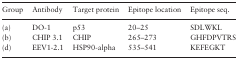
<table><thead><tr><td><b>Group</b></td><td><b>Antibody</b></td><td><b>Target protein</b></td><td><b>Epitope location</b></td><td><b>Epitope seq.</b></td></tr></thead><tbody><tr><td>(a)</td><td>DO-1</td><td>p53</td><td>20–25</td><td>SDLWKL</td></tr><tr><td>(b)</td><td>CHIP 3.1</td><td>CHIP</td><td>265–273</td><td>GHFDPVTRS</td></tr><tr><td>(d)</td><td>EEV1‐2.1</td><td>HSP90-alpha</td><td>535–541</td><td>KEFEGKT</td></tr></tbody></table>